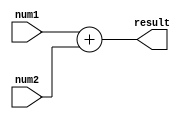
module fixed_point_adder (
    input [15:0] num1, // input fixed-point number 1
    input [15:0] num2, // input fixed-point number 2
    output [15:0] result // output fixed-point result
);

reg [15:0] sum; // register to hold the sum

always @* begin
    sum = num1 + num2; // perform fixed-point addition
    result = sum; // assign sum to result output
end

endmodule